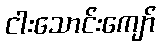
ငါးသောင်းကျော်